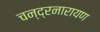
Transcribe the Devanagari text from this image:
चन्द्रनारायण